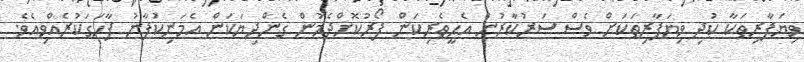
ވިޔަފާރިތަކާ ކުދި ވިޔަފާރިތަކަށް ވެސް ސަރުކާރުން އެހީތެރިކަން ފޯރުކޮށްދެމުން ގެންދިޔަކަން އެމަނިކުފާނު ފާހަގަކުރެއްވިއެވެ.